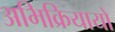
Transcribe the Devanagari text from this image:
अभिक्रियायों